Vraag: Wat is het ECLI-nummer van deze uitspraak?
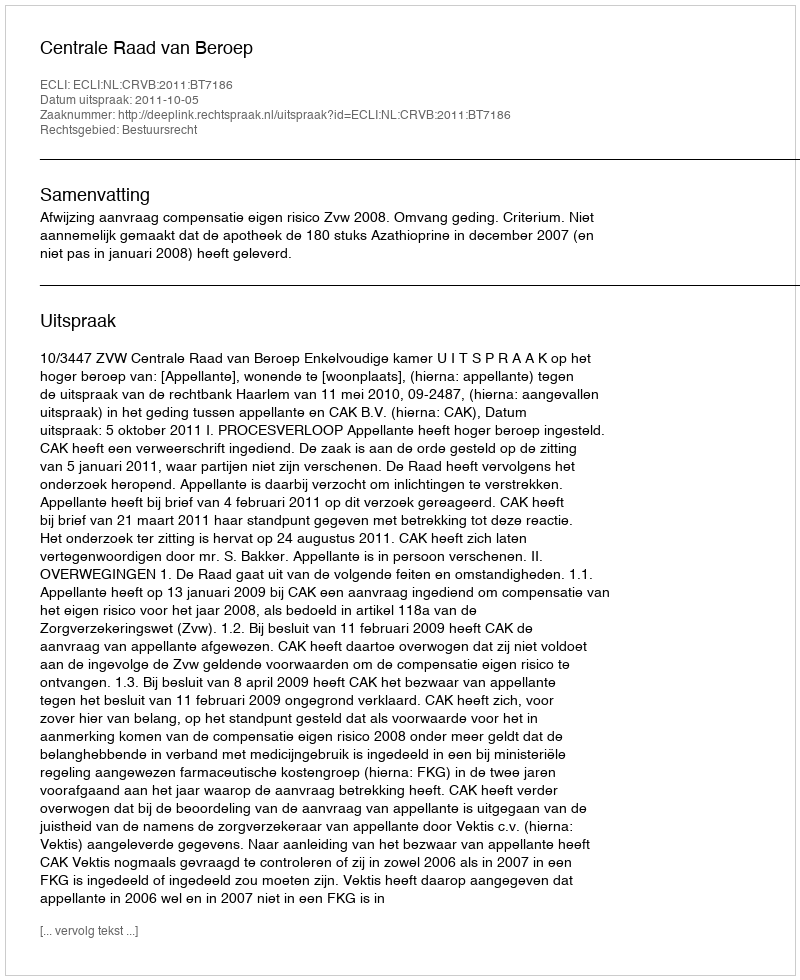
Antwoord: ECLI:NL:CRVB:2011:BT7186